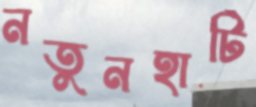
নতুনহাটি